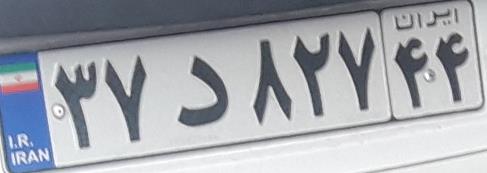
۳۷د۸۲۷۴۴